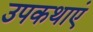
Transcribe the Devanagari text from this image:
उपकथाएं